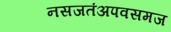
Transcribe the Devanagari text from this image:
नसजतंअपवसमज